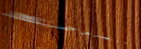
Under New Mgmt